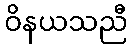
ဝိနယသညီ